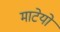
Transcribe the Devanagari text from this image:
माटेयो